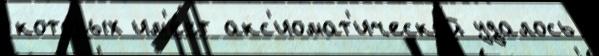
кото́рых им'е́ет акс'иомат'ической удалось